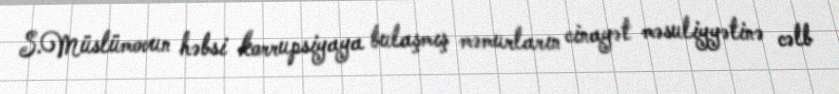
S.Müslümovun həbsi korrupsiyaya bulaşmış məmurların cinayət məsuliyyətinə cəlb